Annual statistical returns and brief notes on vaccination in Bengal - 1896-1909
Year: 1896
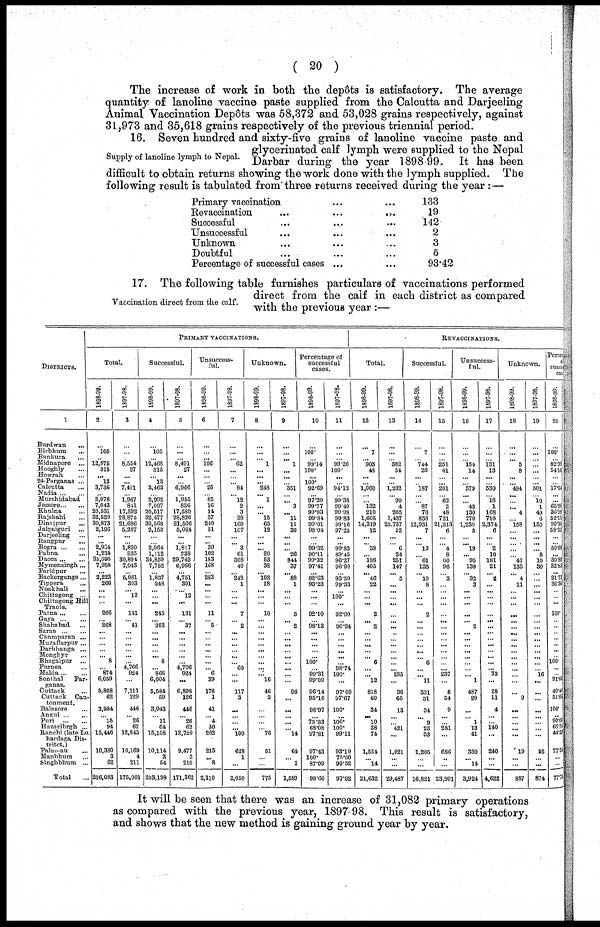
( 20 )
The increase of work in both the depôts is satisfactory. The average
quantity of lanoline vaccine paste supplied from the Calcutta and Darjeeling
Animal Vaccination Depôts was 58,372 and 53,028 grains respectively, against
31,973 and 35,618 grains respectively of the previous triennial period.
Supply of lanoline lymph to Nepal.
16. Seven hundred and sixty-five grains of lanoline vaccine paste and
glycerinated calf lymph were supplied to the Nepal
Darbar during the year 1898-99. It has been
difficult to obtain returns showing the work done with the lymph supplied. The
following result is tabulated from three returns received during the year :—
Primary vaccination ... ...
Revaccination
...
...
...
Successful ... ... ...
Unsuccessful ... ... ...
Unknown ... ... ...
Doubtful ... ... ...
Percentage of successful cases ... ...
133
19
142
2
3
5
93.42
Vaccination direct from the calf.
17. The following table furnishes particulars of vaccinations performed
direct from the calf in each district as compared
with the previous year :—
DISTRICTS.
1
Burdwan ...
Birbhum ...
Bankura
...
Midnapore ...
Hooghly ...
Howrah ...
24-Parganas ...
Calcutta ...
Nadia
...
...
Murshidabad ...
Jessore ... ...
Khulna ...
Rajshahi ...
Dinajpur
...
Jalpaiguri ...
Darjeeling ...
Rangpur ...
Bogra
...
...
Pubna ... ...
Dacca
...
...
Mymensingh...
Faridpur ...
Backergunge...
Tippera ...
Noakhali ...
Chittagong ...
Chittagong Hill
Tracts.
Patna
...
...
Gaya
...
...
Shahabad ...
Saran
...
...
Champaran ...
Muzaffarpur ...
Darbhanga ...
Monghyr ...
Bhagalpur ...
Purnea ...
Malda
...
...
Sonthal
Par¬
ganas.
Cuttack ...
Cuttack Can¬
tonment.
Balasore ...
Angul
...
...
Puri
...
...
Hazaribrgh ...
Ranchi (late Lo.
hardaga Dis¬
tritct.)
Palamau
...
Manbhum ...
Singhbhum ...
Total ...
PRIMARY VACCINATIONS.
Total.
1898-99.
2
...
105
...
12,575
315
... 13
3,736
... 3,078
7,043
20,531
32,529
30,873
2,196
...
... 2,934
1,234
35,095
7,958
... 2,223
266
... ...
...
266
... 268
... ...
...
...
... 8
... 874
6,059
5,808
62
3,984
... 15
94
15,446
10,380
3
62
206,083
1897-98.
3
...
...
...
8,554
27
...
...
7,401
... 1,967
841
17,592
28,875
21,686
5,207
...
... 1,820
825
30,894
7,043
... 5,081
303
... 12
...
141
... 41
... ...
...
... ...
... 4,766
924
...
7,111
129
446
... 26
62
12,843
10,169
4
211
175,001
Successful.
1898-99.
4
...
105
...
12,468
315
... 13
3,463
... 2,992
7,027
20,517
32,477
30,568
2,153
...
... 2,964
1,112
34,859
7,752
... 1,837
248
...
... ...
245
... 263
...
...
...
...
8
... 868
6,004
5,584
59
3,943
... 11
64
15,108
10,114
3
64
203,198
1897-98.
5
...
...
...
8,491
27
...
... 6,966
... 1,955
836
17,589
28,826
21,506
5,064
...
... 1,817
738
29,742
6,966
... 4,751
301
... 12
...
131
... 37
...
...
...
... ...
... 4,706
924
...
6,898
126
446
... 26
62
12,729
9,477
3
210
171,362
Unsuccess-
ful.
1898-99.
6
...
...
...
106
...
...
... 25
... 85
16
14
37
240
31
...
... 20
102
183
168
... 283
... ...
... ...
11
... 5
...
...
...
... ...
...
... 6
39
178
1
41
... 4
30
262
215
... 8
2,110
1897-98.
7
...
...
... 62
...
...
... 84
... 12
2
3
38
169
107
...
... 3
61
308
40
... 242
1
...
... ...
7
... 2
...
...
...
... ...
... 60
... ...
117
3
...
... ...
... 100
628
1
...
2,050
Unknown.
1898-99.
8
...
...
... 1
...
...
... 248
... 1
...
... 15
65
12
...
... ... 20
53
38
... 103
18
...
... ...
10
...
...
...
...
... ...
... ...
...
... 16
46
2
...
... ...
... 76
51
...
...
775
1897-98.
9
...
...
...
1
...
...
... 351
... ... 3
... 11
11
36
...
... ... 26
844
37
... 88
1
...
... ...
3
... 2
...
...
...
... ...
...
...
...
...
96
...
...
... ... ... 14
64
... 1
1,589
Percentage of
successful
cases.
1898-99.
10
...
100.
... 99.14
100.
...
100.
92.69
... 97.20
99.77
99.93
99.84
99.01
98.04
...
... 99.32
90.11
99.32
97.41
...
82.63
93.23
... ...
...
92.10
... 98.13
...
...
...
...
... 100.
... 89.31
99.09
96.14
95.16
98.97
... 73.33
68.08
97.81
97.43
100.
87.09
98.60
1897-98.
11
...
...
...
99.26
100.
...
... 94.12
... 99.38
99.40
99.98
99.83
99.16
97.25
...
... 99.83
89.45
96.27
98.90
... 93.50
99.33
... 100.
...
92.90
... 90.24
...
...
...
...
...
... 98.74
100.
...
97.00
97.67
100.
... 100.
100.
99.11
93.19
75.00
99.52
97.92
REVACCINATIONS.
Total.
1898-99.
12
...
7
... 903
43
...
... 1,060
...
... 132
210
1,608
14,319
12
...
... 38
... 198
405
... 46
22
... ...
...
2
... 2
...
... ...
...
... 6
...
... 12
818
60
34
... 10
38
74
1,554
... 14
21,632
1897-98.
13
...
...
... 382
54
...
... 1,232
... 90
4
265
1,437
23,737
12
...
... 6
24
251
147
... 5
... ...
... ...
...
... ...
...
... ...
...
...
... ... 285
...
36
65
13
... ... 421
...
1,021
...
...
29,487
Successful.
1898-99.
14
...
7
... 744
26
...
... 187
...
... 87
76
838
12,931
7
...
... 19
... 61
133
... 10
8
...
... ...
2
... ...
...
...
...
...
... 6
...
... 11
331
31
34
... 9
25
33
1,205
...
...
16,821
1897-98.
15
...
...
...
251
41
...
... 201
... 62
2
48
721
21,213
6
...
... 4
8
60
96
... 3
...
...
...
...
...
...
...
...
...
...
...
...
...
... 237
...
8
54
9
... ... 281
...
686
...
...
23,991
Unsuccess-
ful.
1898-99.
16
...
...
... 154
14
...
... 379
...
... 45
130
770
1,230
5
...
... 19
... 95
139
... 32
3
...
... ...
...
... 2
...
...
...
...
...
...
... ... 1
487
20
...
... 1
13
41
330
... 14
3,924
1897-98.
17
...
...
...
131
13
...
... 530
... 18
1
168
710
2,374
6
...
... 2
10
181
21
... 2
... ... ...
...
...
...
...
...
...
...
...
...
...
... 32
...
28
11
4
...
... 140
...
240
...
...
14,622
Unknown.
1898-99.
18
...
...
... 5
8
...
... 494
...
...
... 4
... 158
... ...
...
...
... 42
133
... 4
11
...
... ...
...
...
...
... ...
...
...
...
...
...
...
...
... 9
...
... ... ...
...
19
...
...
887
1897-98.
19
...
...
...
...
...
...
...
501
... 10 1
49
6
150
...
...
... ... 6
10
30
...
...
...
...
...
...
...
...
...
...
...
...
...
...
...
... 16
...
...
...
...
... ...
...
...
95
...
...
874
Percen
succe
case
1898-99.
20
...
100.
... 82.39
54.16
...
... 17.64
...
...
65.90
30.19
52.11
90.30
58.33
...
... 50.05
...
30.80
32.83
...
21.73
36.36
...
...
...
100.
...
...
...
...
...
... ...
100.
...
... 91.66
40.46
51.66
100.
... 90.00 65.75
44.59
77.54
...
77.78
It will be seen that there was an increase of 31,082 primary operations
as compared with the previous year, 1897-98. This result is satisfactory,
and shows that the new method is gaining ground year by year.